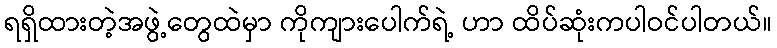
ရရှိထားတဲ့အဖွဲ့တွေထဲမှာ ကိုကျားပေါက်ရဲ့ ဟာ ထိပ်ဆုံးကပါဝင်ပါတယ်။